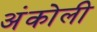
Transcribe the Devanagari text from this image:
अंकोली